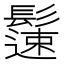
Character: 𩯀